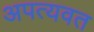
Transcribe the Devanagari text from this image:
अपत्यवत